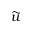
\widetilde u